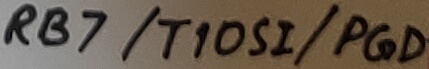
Text: RB7/T10SI/PGD